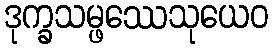
ဒုက္ခသမ္ဖဿေသုယေဝ